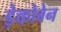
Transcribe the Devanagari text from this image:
ड़ेकोवेन